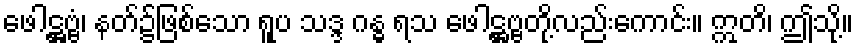
ဖေါဋ္ဌဗ္ဗံ၊ နတ်၌ဖြစ်သော ရူပ သဒ္ဒ ဂန္ဓ ရသ ဖေါဋ္ဌဗ္ဗတို့လည်းကောင်း။ ဣတိ၊ ဤသို့။